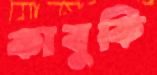
কাবুকি